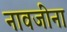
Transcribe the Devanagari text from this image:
नावजींना